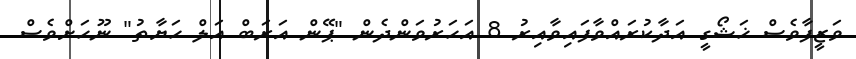
ވަޒީފާވެސް ޚަޝޯގީ އަދާކުރައްވާފައިވާއިރު 8 އަހަރުވަންދެން "ޕޭން އަރަބް އަލް ހަޔާތު" ނޫހަށްވެސް